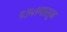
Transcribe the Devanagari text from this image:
१३५१पासून